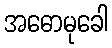
အဓောမုခေါ